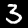
Digit: 3